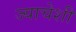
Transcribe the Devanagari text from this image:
ज्याचेशी